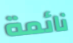
نائمة